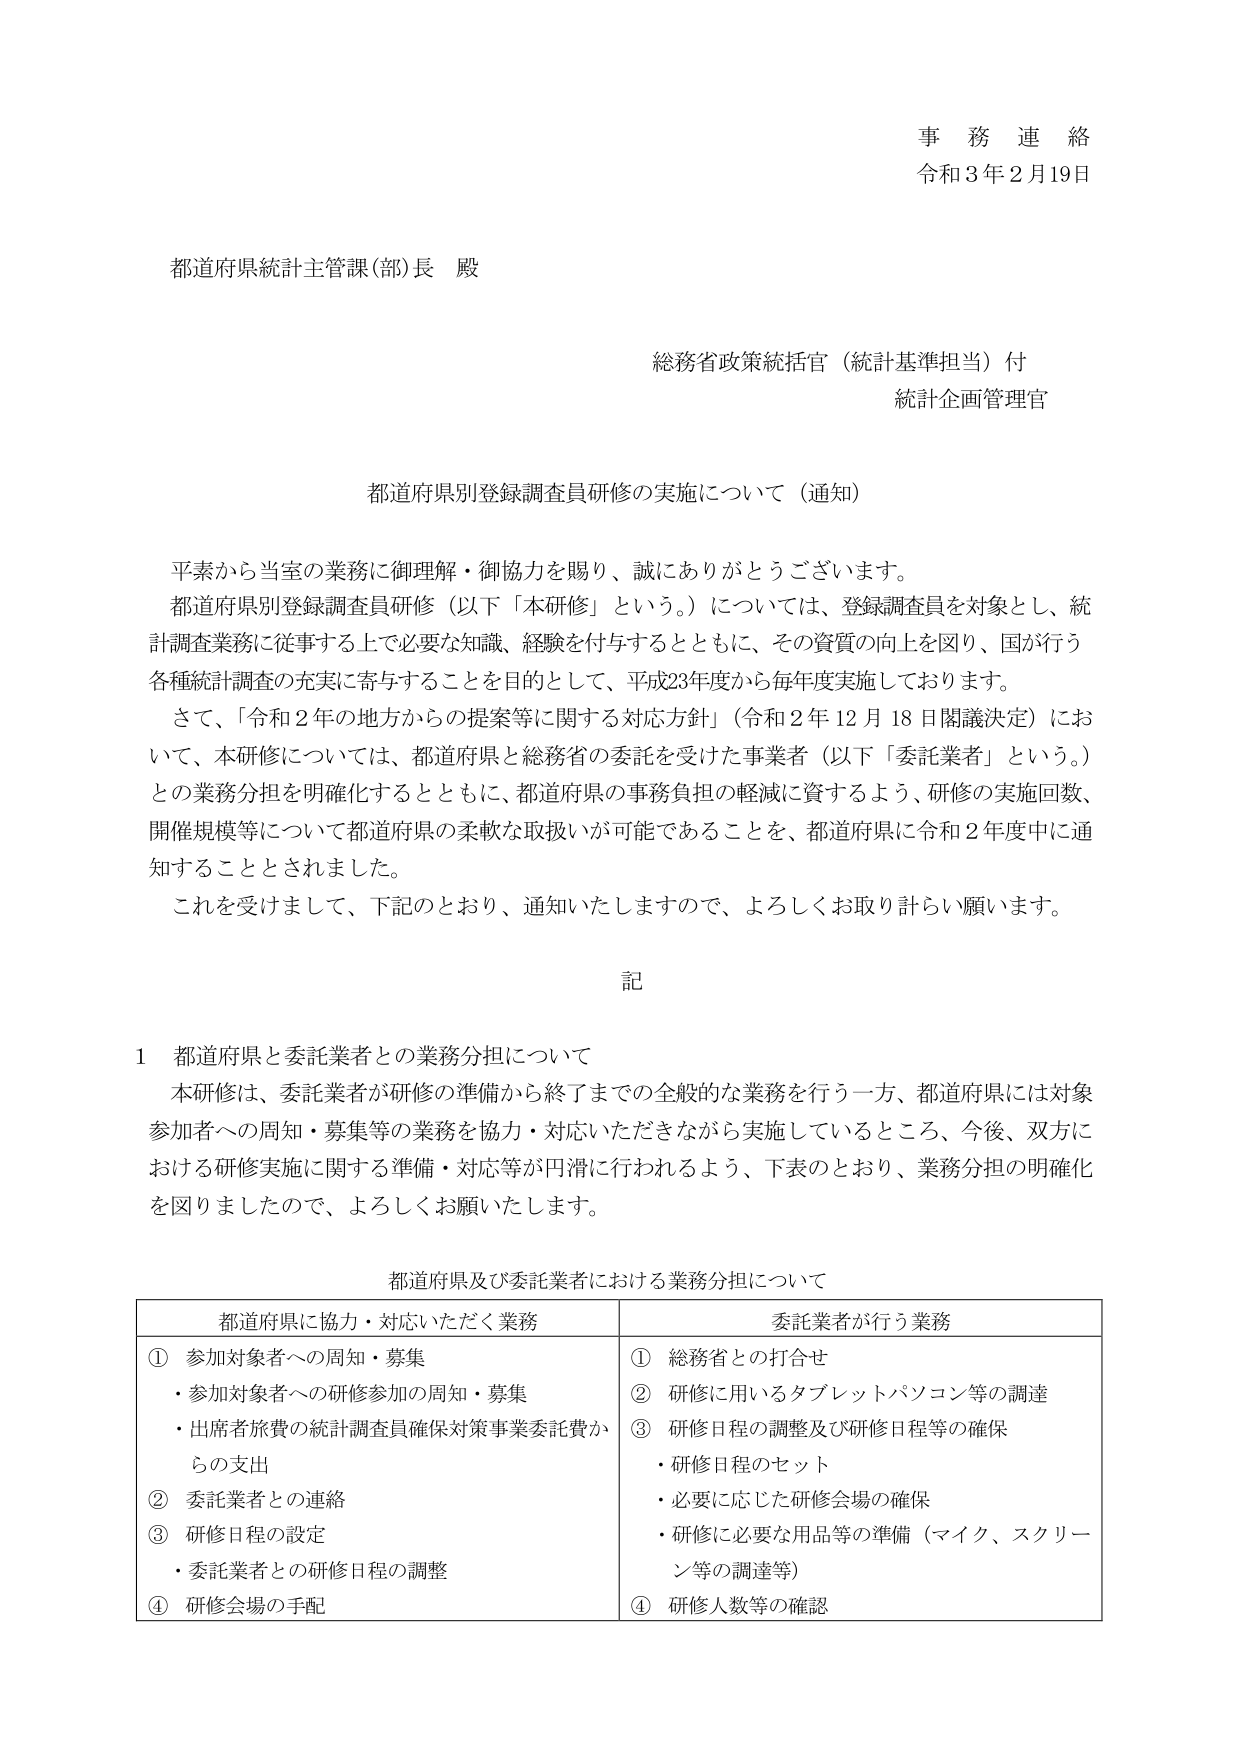
事務連絡
令和3年2月19日

都道府県統計主管課(部)長 殿

総務省政策統括官（統計基準担当）付
統計企画管理官

都道府県別登録調査員研修の実施について（通知）

平素から当室の業務に御理解・御協力を賜り、誠にありがとうございます。
都道府県別登録調査員研修（以下「本研修」という。）については、登録調査員を対象とし、統計調査業務に従事する上で必要な知識、経験を付与するとともに、その資質の向上を図り、国が行う各種統計調査の充実に寄与することを目的として、平成23年度から毎年度実施しております。
さて、「令和2年の地方からの提案等に関する対応方針」（令和2年12月18日閣議決定）において、本研修については、都道府県と総務省の委託を受けた事業者（以下「委託業者」という。）との業務分担を明確化するとともに、都道府県の事務負担の軽減に資するよう、研修の実施回数、開催規模等について都道府県の柔軟な取扱いが可能であることを、都道府県に令和2年度中に通知することとされました。
これを受けまして、下記のとおり、通知いたしますので、よろしくお取り計らい願います。

記

1 都道府県と委託業者との業務分担について
本研修は、委託業者が研修の準備から終了までの全般的な業務を行う一方、都道府県には対象参加者への周知・募集等の業務を協力・対応いただきながら実施しているところ、今後、双方における研修実施に関する準備・対応等が円滑に行われるよう、下表のとおり、業務分担の明確化を図りましたので、よろしくお願いいたします。

都道府県及び委託業者における業務分担について

| 都道府県に協力・対応いただく業務 | 委託業者が行う業務 |
|----------------------------------|------------------|
| ① 参加対象者への周知・募集<br>・参加対象者への研修参加の周知・募集<br>・出席者旅費の統計調査員確保対策事業委託費からの支出 | ① 総務省との打合せ<br>② 研修に用いるタブレットパソコン等の調達<br>③ 研修日程の調整及び研修日程等の確保<br>・研修日程のセット<br>・必要に応じた研修会場の確保<br>・研修に必要な用品等の準備（マイク、スクリーン等の調達等）<br>④ 研修人数等の確認 |
| ② 委託業者との連絡 | |
| ③ 研修日程の設定<br>・委託業者との研修日程の調整 | |
| ④ 研修会場の手配 | |